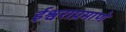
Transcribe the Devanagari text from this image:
ईश्वराप्रमाणे